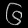
Digit: ၆